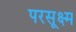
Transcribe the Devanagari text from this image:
परसूक्ष्म